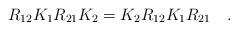
LaTeX: \begin{align*}R_{12}K_1R_{21}K_2= K_2R_{12}K_1R_{21} \quad.\end{align*}